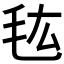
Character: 𰚐